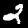
Label: 2